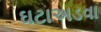
ઘટાઅડવા